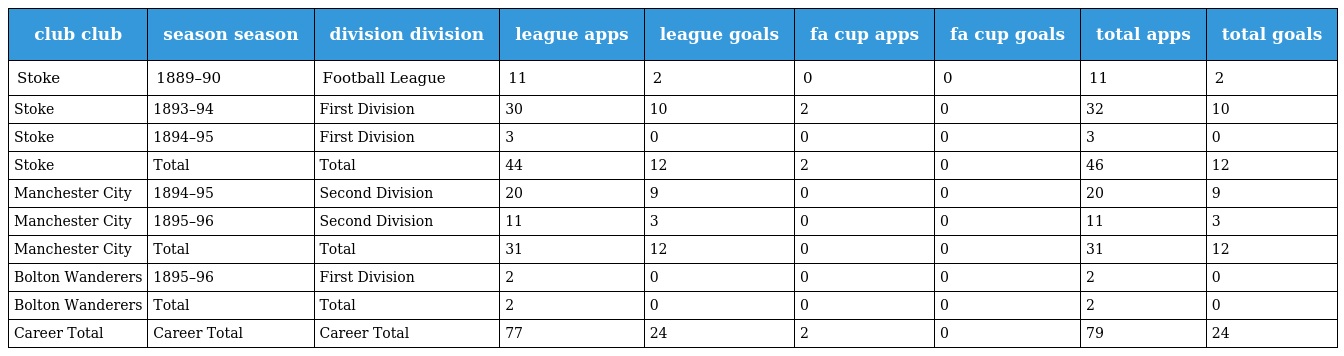
| club club | season season | division division | league apps | league goals | fa cup apps | fa cup goals | total apps | total goals |
 | --- | --- | --- | --- | --- | --- | --- | --- | --- |
 | Stoke | 1889–90 | Football League | 11 | 2 | 0 | 0 | 11 | 2 |
 | Stoke | 1893–94 | First Division | 30 | 10 | 2 | 0 | 32 | 10 |
 | Stoke | 1894–95 | First Division | 3 | 0 | 0 | 0 | 3 | 0 |
 | Stoke | Total | Total | 44 | 12 | 2 | 0 | 46 | 12 |
 | Manchester City | 1894–95 | Second Division | 20 | 9 | 0 | 0 | 20 | 9 |
 | Manchester City | 1895–96 | Second Division | 11 | 3 | 0 | 0 | 11 | 3 |
 | Manchester City | Total | Total | 31 | 12 | 0 | 0 | 31 | 12 |
 | Bolton Wanderers | 1895–96 | First Division | 2 | 0 | 0 | 0 | 2 | 0 |
 | Bolton Wanderers | Total | Total | 2 | 0 | 0 | 0 | 2 | 0 |
 | Career Total | Career Total | Career Total | 77 | 24 | 2 | 0 | 79 | 24 |